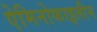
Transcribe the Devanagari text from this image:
ऐमिनोफाइलीन